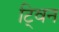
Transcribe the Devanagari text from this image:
टि्वन